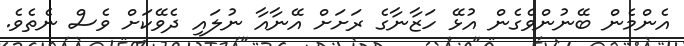
އެންމެން ބޭނުންވެގެން އުޅޭ ހަޒާނާގެ ރަށަށް އޭނާއާ ނުލައި ދެވޭކަށް ވެސް ނެތެވެ.